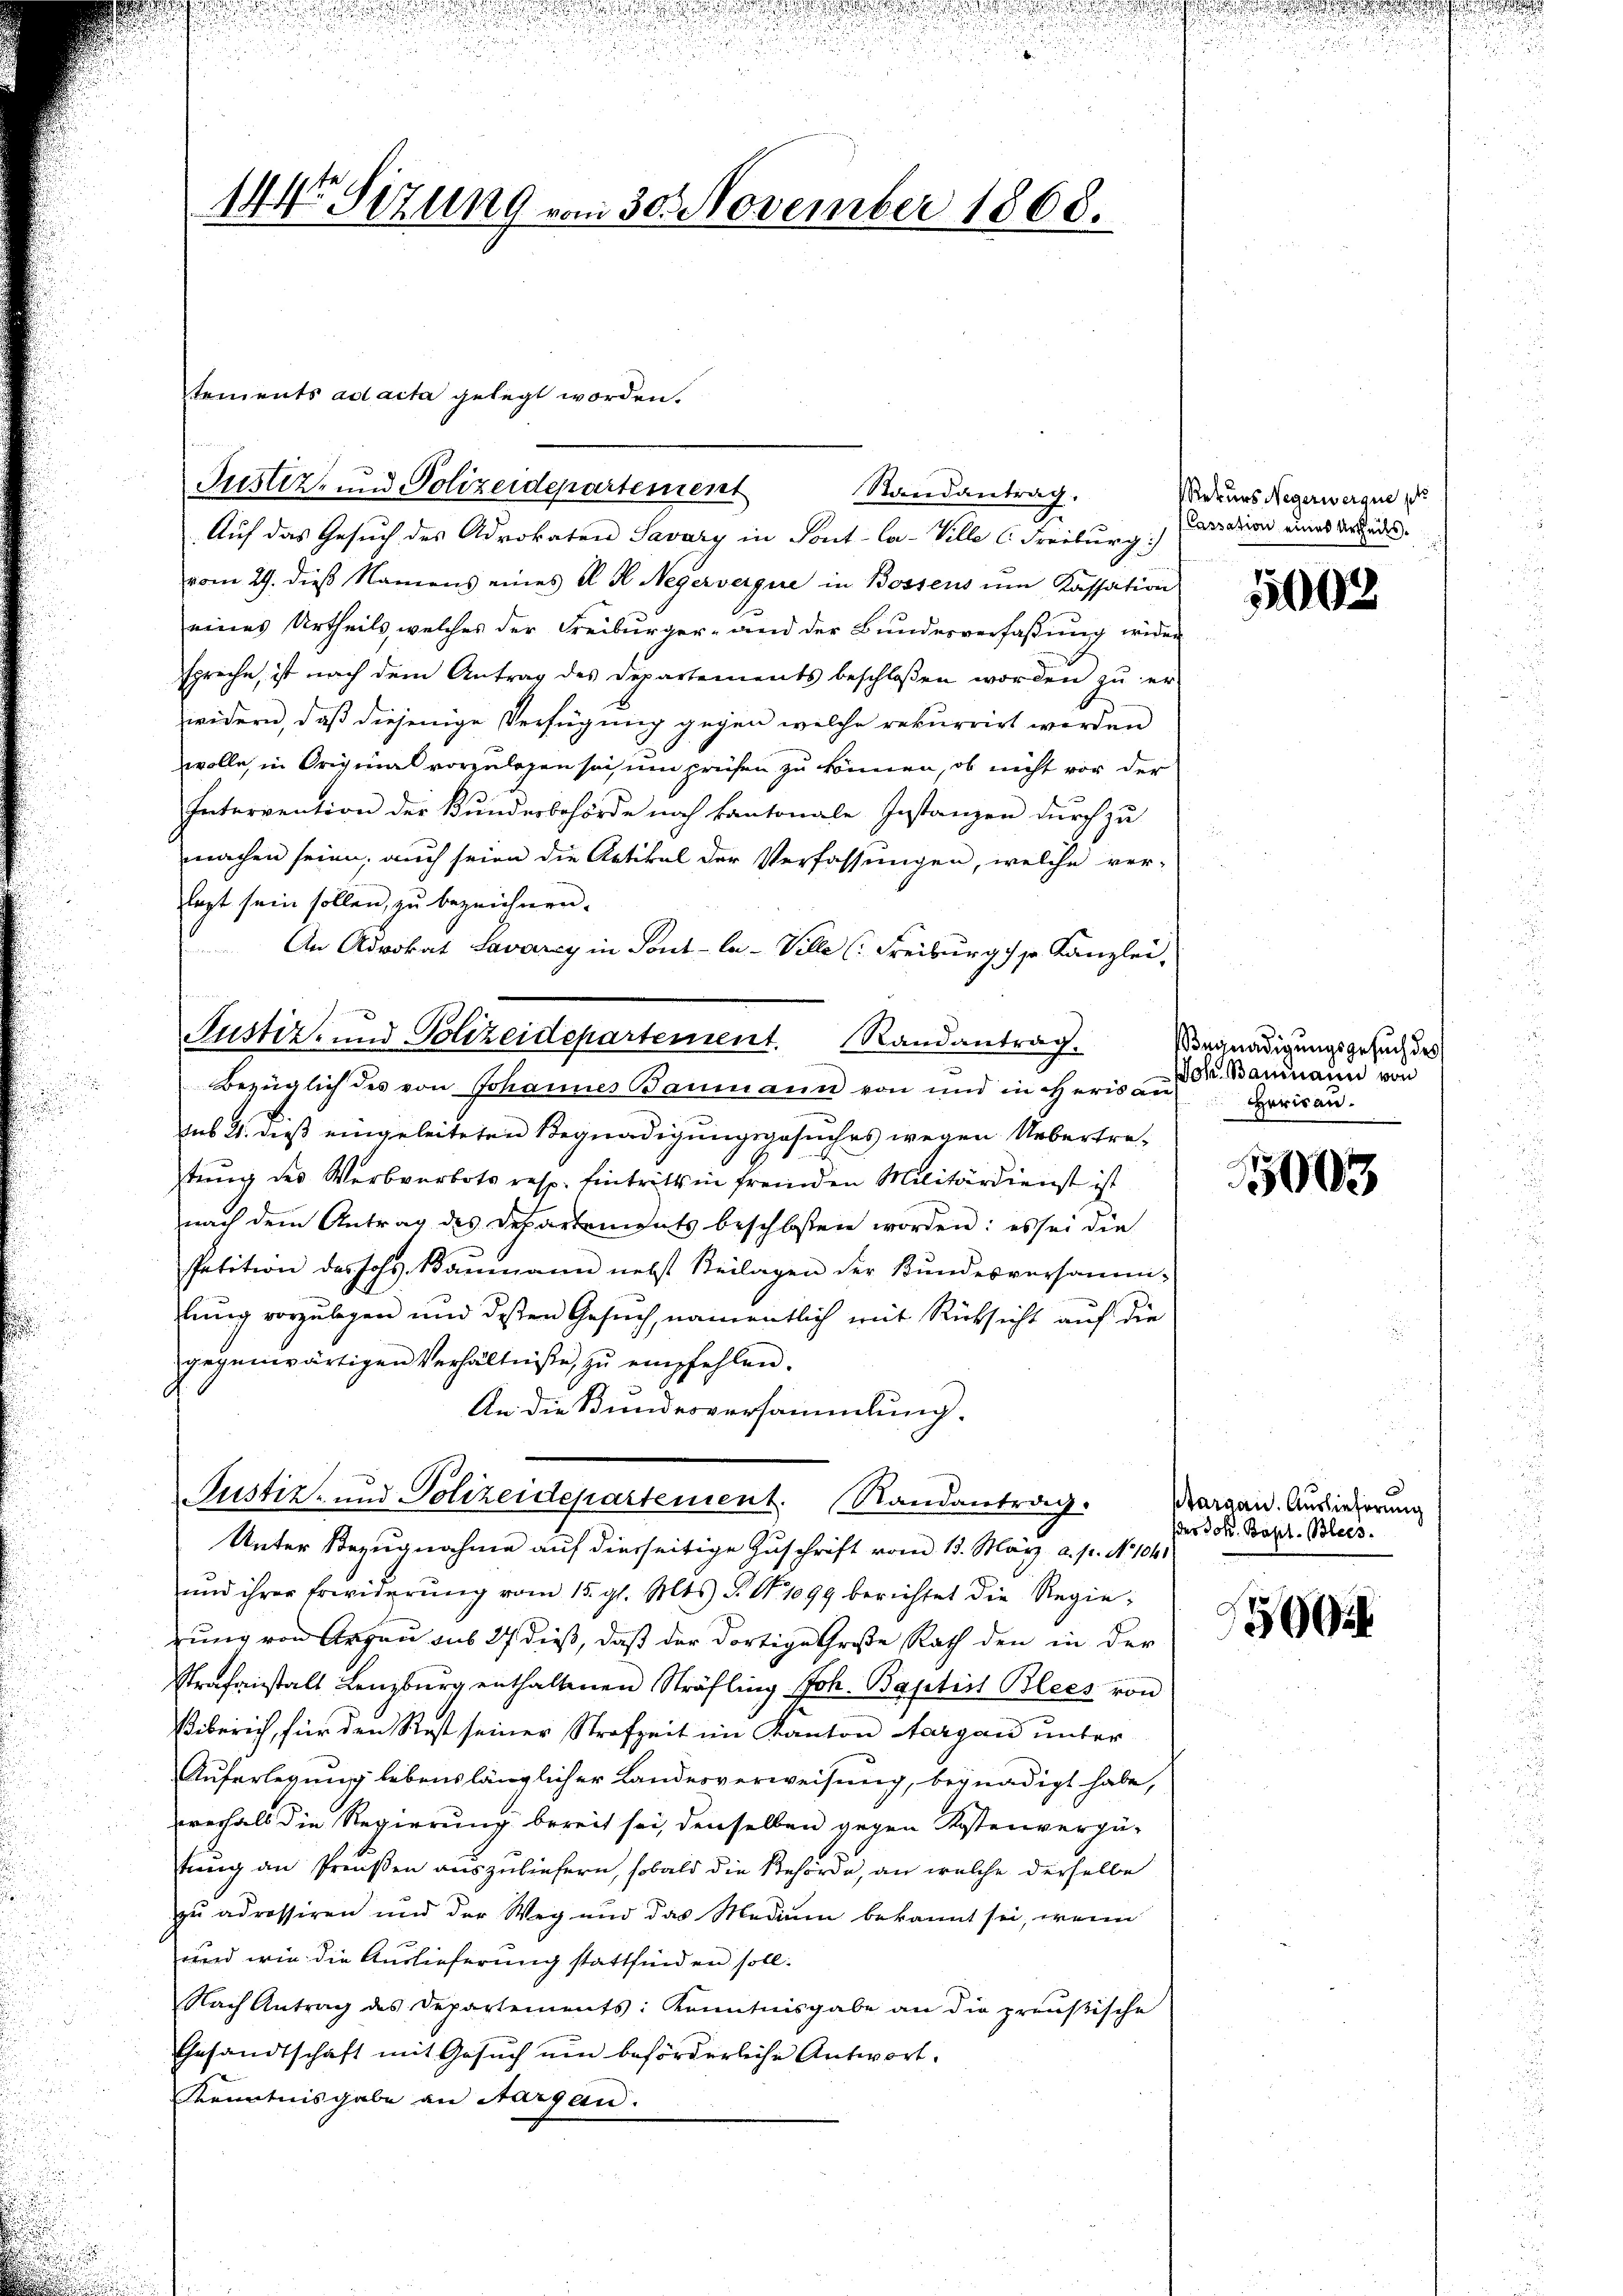
.
s

144 Sizung vom 30. November 1868.

Unter Bezugnahme auf diesseitige Zuschrift vom 13. März a. p. No 1041
und ihrer Erwiderŭng vom 15. gl. Mts. S. Nr. 1099 berichtet die Regierung von Argau sub 27 dieß, daß der dortige Große Rath den in der
Strafanstalt Lenzburg enthaltenen Sträfling Joh. Baptist Blees von
Biberich, für den Rest seiner Strafzeit im Kanton Aargau unter
Auferlegung lebenslänglicher Landesverweisung, begnadigt habe,
zverhalb die Regierung bereit sei, denselben gegen Kostenvergütung an Preußen auszuliefern, sobald die Behörde, an welche derselbe
zu adressiren und der Weg und das Medium bekannt sei, wenn
nnd wie die Auslieferung stattfinden soll.
Nach Antrag des Departements: Kenntnisgabe an die preußische
Gesandtschaft mit Gesuch um beförderliche Antwort.
Kenntnisgabe an Sargau.

u

tements ad acta gelegt worden.
Justiz- und Polizeidepartement
Auf das Gesuch des Advokaten Savary in Pont-Ca-Ville C. Freiburg)
vom 29. dieß Namens eines A. H. Negervergie in Bossens um Kassation
eines Urtheils, welches der Freiburger- und der Bundesverfaßung wider
spreche, ist nach dem Antrag des Departements beschlossen worden zu er-
zwidern, daß diejenige Verfügung gegen welche rekurrirt werden
wolle, in Original vorzulegen sei, um prüfen zu können, ob nicht vor der
Intervention der Kundesbehörde noch kantonale Instanzen durch zu
machen seien; auch seien die Artikel der Verfassungen, welche ver-
lagt sein sollen, zu bezeichnen.
An Advokat Savarey in Sont-Ca-Ville (Freiburg ./ sr Kanzlei,
Justiz- und Polizeidepartement. Randantrag.
Bezüglich des von Johannes Baumann von und in Heris an-
dus 21. dieß eingeleiteten Begnadigungsgesuches wegen Uebertretung des Werbverbots resp. Eintritts in fremden Militärdienst ist
nach dem Antrag des Departements beschlossen worden: es sei die
Petition des Johs. Baumann nebst Beilagen der Bundesversamm-
lung vorzulegen und dessen Gesuch, namentlich mit Rücksicht auf die
gegenwärtigen Verhältnisse, zu empfehlen.
An die Bundesversammlung.

Randantrag.

Justiz- und Polizeidepartement. Randantrag.

Rekurs Negerwerque p
Cassation eines Urtheils.

u

1003

Begnadigungsgesuch des
Joh. Baumann von
Herisau.

5003

d
Aargau. Auslieferung
der Joh. Bapt. Blees.

86

u